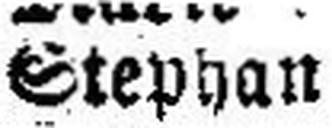
Stephan